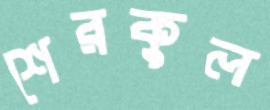
শেরকুল